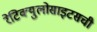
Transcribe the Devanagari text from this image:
रेटिक्युलोसाइटसची